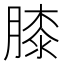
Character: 膝